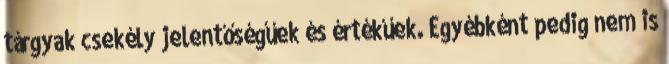
tárgyak csekély jelentőségűek és értékűek. Egyébként pedig nem is